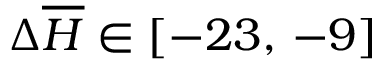
\Delta \overline { { H } } \in [ - 2 3 , \, - 9 ]